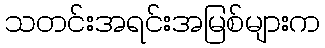
သတင်းအရင်းအမြစ်များက